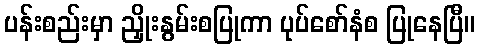
ပန်းစည်းမှာ ညှိုးနွမ်းစပြုကာ ပုပ်စော်နံစ ပြုနေပြီ။